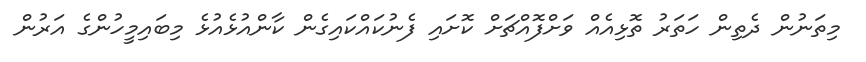
މިތަނުން ދެތިން ހަތަރު ތޮޅިއެއް ވަށްފޮއްޗަށް ކޮށައި ފެނުކައްކައިގެން ކާންއުޅެއުޅެ މިބައިމީހުންގެ އަރުން